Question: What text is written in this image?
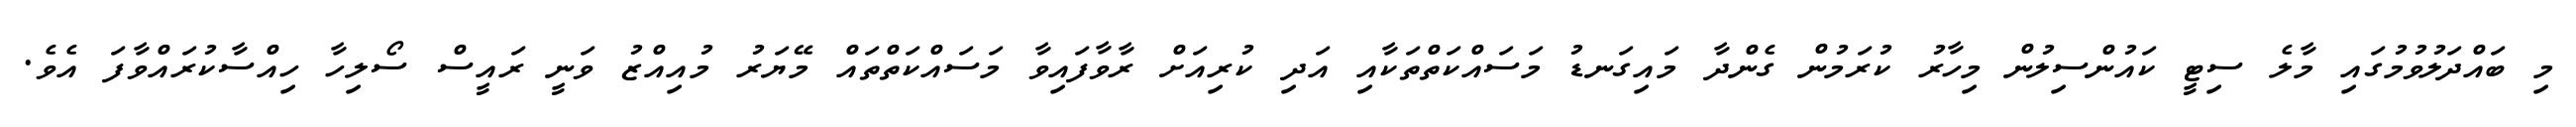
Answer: މި ބައްދަލުވުމުގައި މާލެ ސިޓީ ކައުންސިލުން މިހާރު ކުރަމުން ގެންދާ މައިގަނޑު މަސައްކަތްތަކާއި އަދި ކުރިއަށް ރާވާފައިވާ މަސައްކަތްތައް މޭޔަރު މުއިއްޒު ވަނީ ރައީސް ސޯލިހާ ހިއްސާކުރައްވާފަ އެވެ.